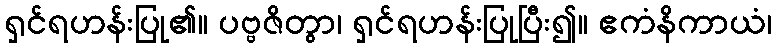
ရှင်ရဟန်းပြု၏။ ပဗ္ဗဇိတွာ၊ ရှင်ရဟန်းပြုပြီး၍။ ဧကံနိကာယံ၊